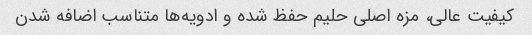
کیفیت عالی، مزه اصلی حلیم حفظ شده و ادویه‌ها متناسب اضافه شدن